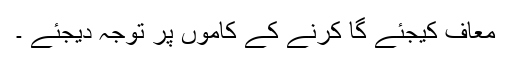
معاف کیجئے گا کرنے کے کاموں پر توجہ دیجئے ۔